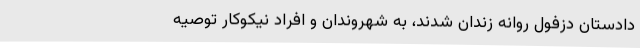
دادستان دزفول روانه زندان شدند، به شهروندان و افراد نیکوکار توصیه